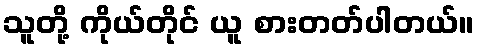
သူတို့ ကိုယ်တိုင် ယူ စားတတ်ပါတယ်။